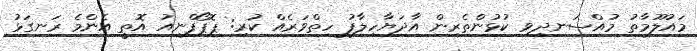
މައުލޫމާތު މުއްސަނދިވި ކުޅުންތެރިން އާދަޔާހިލާފު ހިތްވަރެއް ކުރި: ޕޮޕޯފްނިއު އޮތީ އެންމެ ރަނގަޅު